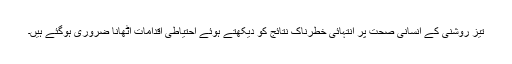
تیز روشنی کے انسانی صحت پر انتہائی خطرناک نتائج کو دیکھتے ہوئے احتیاطی اقدامات اُٹھانا ضروری ہوگئے ہیں۔